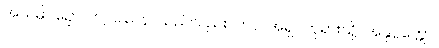
အယမ္ပိပဉှော၊ ဤပြဿနာသည်လည်း။ တဝ၊ အရှင်ဘုရားသို့။ အနုပ္ပတ္တော၊